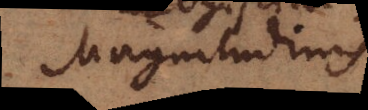
Magnitudinis